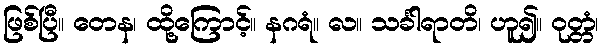
ဖြစ်ပြီ။ တေန၊ ထို့ကြောင့်။ နဂရံ။ လ။ သင်္ခါရာတိ၊ ဟူ၍။ ဝုတ္တံ၊